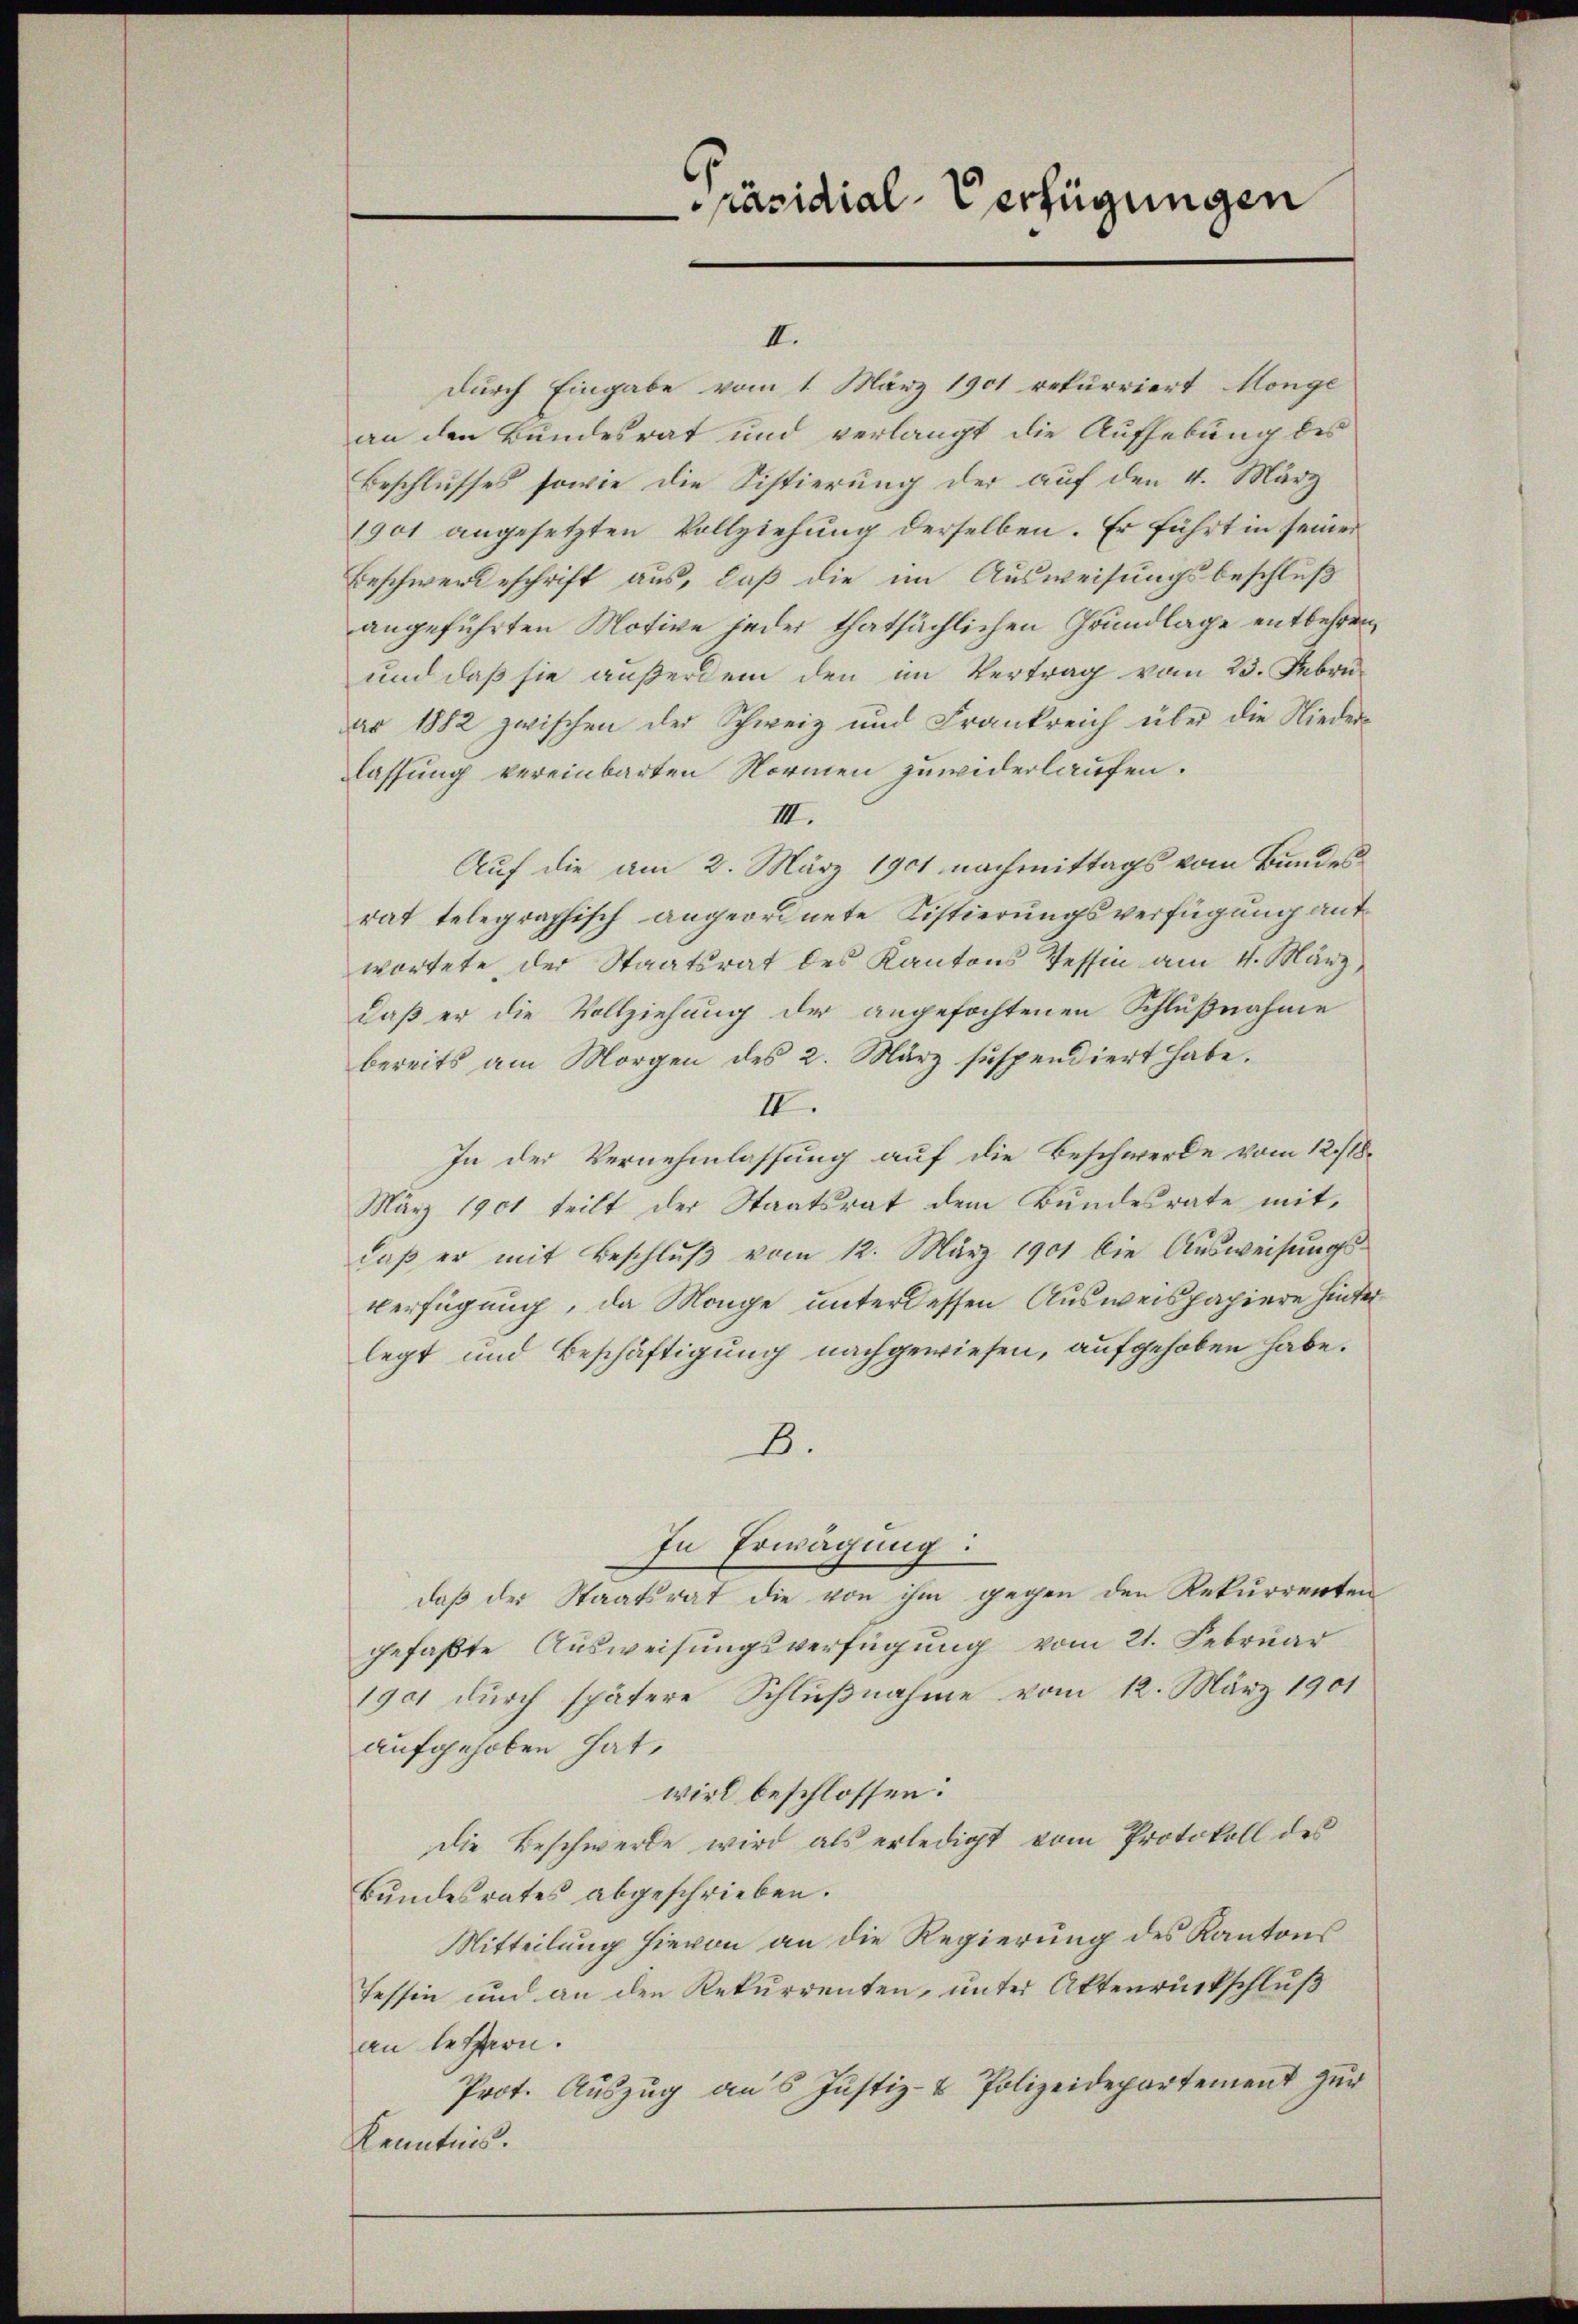
päsidial-Verfügungen

II.
durch Eingabe vom 1. März 1901 rekurriert Monge
an den Bundesrat und verlangt die Aufhebung des
Beschlusses sowie die Sistierung der auf den 4. März
1901 angesetzten Vollziehung derselben. Er führt in seiner
Beschwerdeschrift aus, daß die im Ausweisungsbeschluß
angeführten Motive jeder thatsächlichen Grundlage entbehren,
und daß sie außerdem den im Vertrag vom 23. Febru
ar 1882 zwischen der Schweiz und Frankreich über die Niederlassung vereinbarten Normen zuwiderlaufen.
III.
Auf die am 2. März 1901 nachmittags vom Bundesrat telegraphisch angeordnete Distierungsverfügung antwortete der Staatsrat des Kantons Tessin am 11. März
daß er die Vollziehung der angefochtenen Schlußnahme
bereits am Morgen des 2. März suspendiert habe.
II.
In der Vernehmlassung auf die Beschwerde vom 12./18.
März 1901 teilt der Staatsrat dem Bundesrate mitdaß er mit Beschluß vom 12. März 1901 die Ausweisungsverfügung, da Mange unter dessen Ausweispapiere hinterlegt und Beschäftigung nachgewiesen, aufgehoben habe.
B.
In Erwägung:
daß der Staatsrat die von ihm gegen den Rekurrenten
gefaßte Ausweisungsverfügung vom 21. Februar
1901 durch spätere Schlußnahme vom 12. März 1901
aufgehoben hat.
wird beschlossen:
die Beschwerde wird als erledigt vom Protokoll des
Bundesrates abgeschrieben.
Mitteilung hievon an die Regierung des Kantons
Tessin und an den Rekurrenten, unter Aktenrückschluß
an letztern.
Prot. Auszug aus Justiz- & Polizeidepartement zur
Kenntnis.